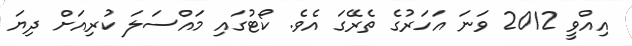
އިއްވީ 2012 ވަނަ އަހަރުގެ ތެރޭގަ އެވެ. ކޯޓުގައި މައްސަލަ ކުރިއަށް ދިޔަ